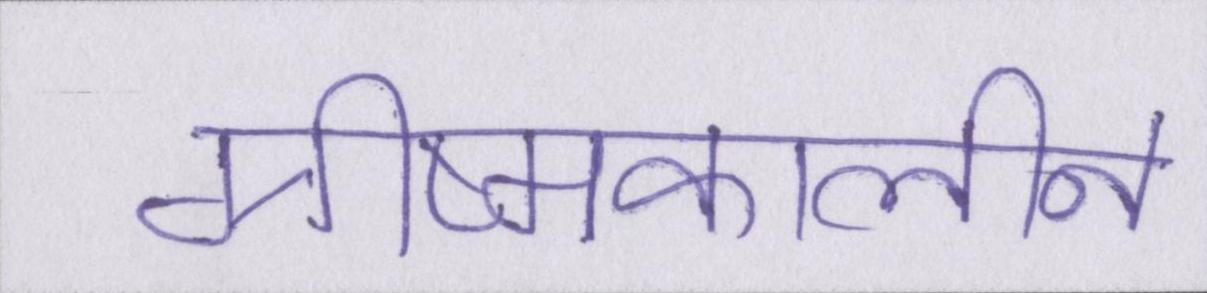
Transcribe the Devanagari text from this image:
ग्रीष्मकालीन